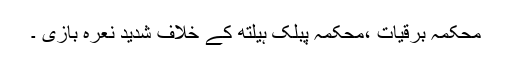
محکمہ برقیات ،محکمہ پبلک ہیلتھ کے خلاف شدید نعرہ بازی ۔